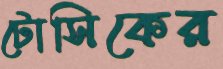
টোসিকের